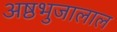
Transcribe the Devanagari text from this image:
अष्ठभुजालाल